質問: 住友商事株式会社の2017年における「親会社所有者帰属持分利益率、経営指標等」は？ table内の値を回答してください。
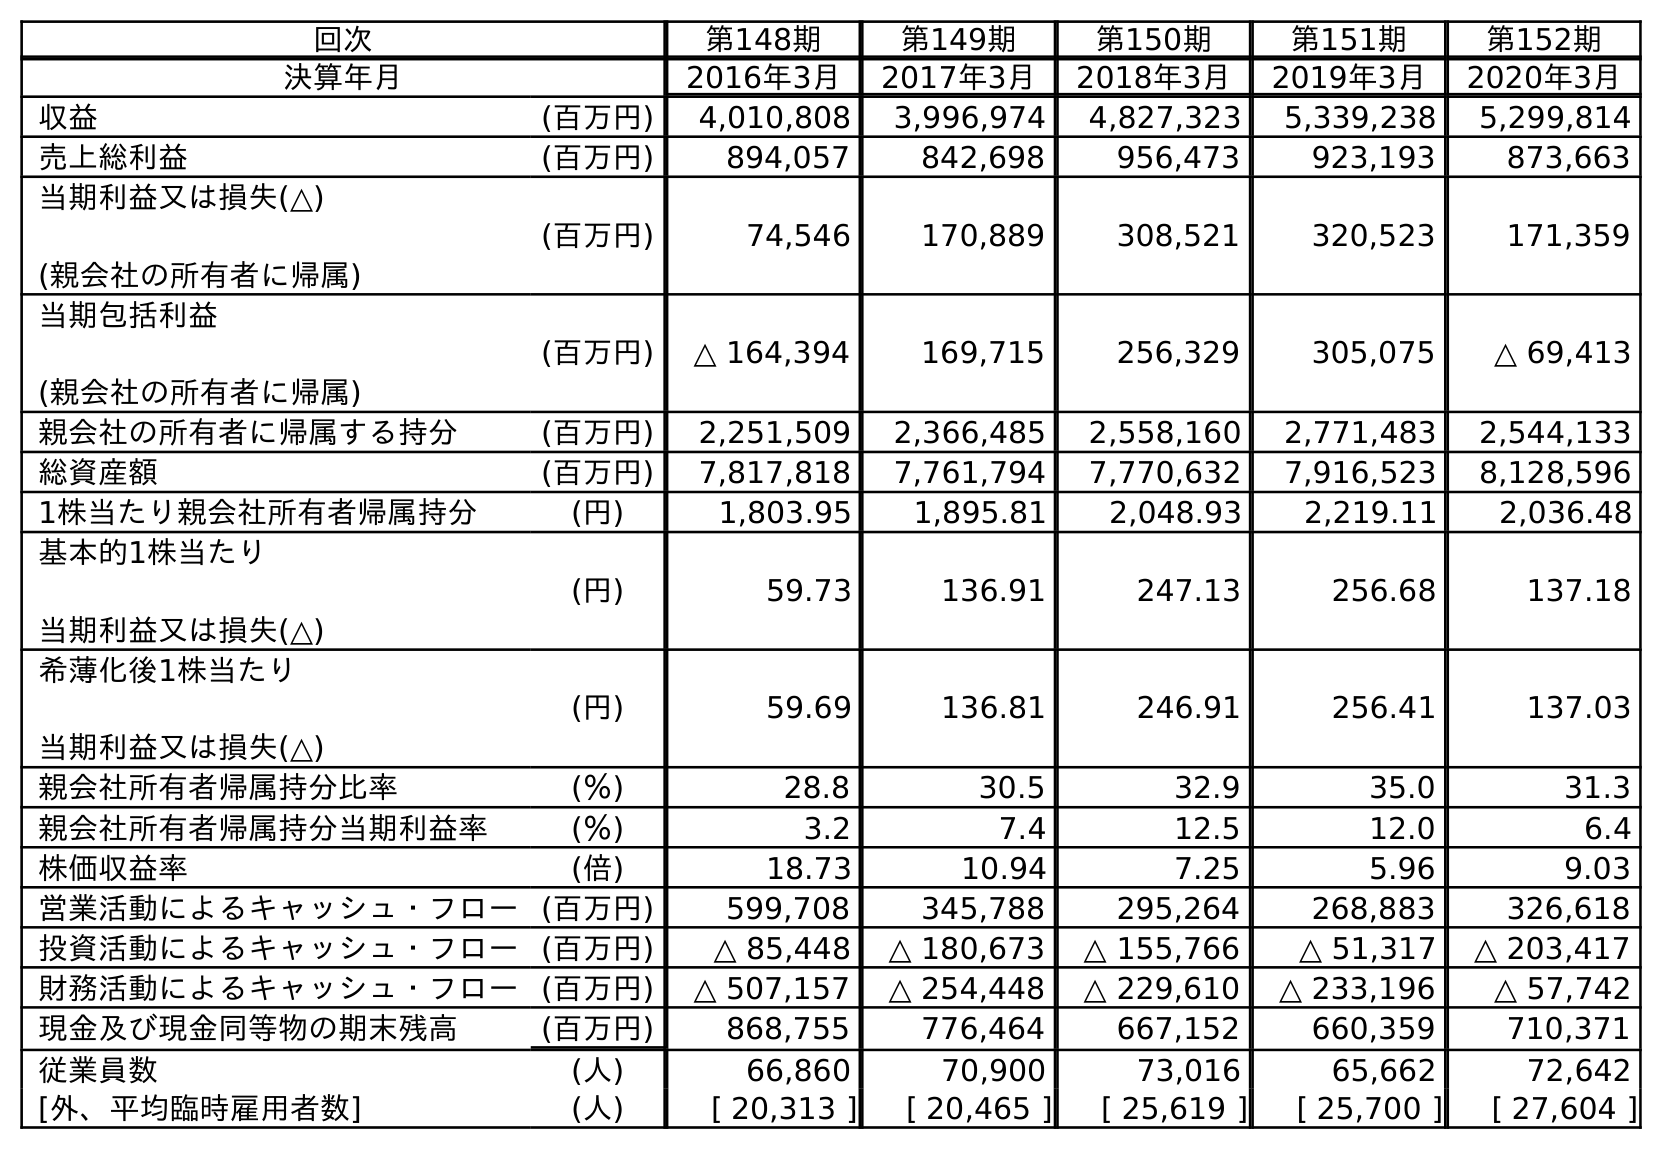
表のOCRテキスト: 回次 第148期 第149期 第150期 第151期 第152期 決算年月 2016年3月 2017年3月 2018年3月 2019年3月 2020年3月 収益 (百万円) 4,010,808 3,996,974 4,827,323 5,339,238 5,299,814 売上総利益 (百万円) 894,057 842,698 956,473 923,193 873,663 当期利益又は損失(△) (親会社の所有者に帰属) (百万円) 74,546 170,889 308,521 320,523 171,359 当期包括利益 (親会社の所有者に帰属) (百万円) △ 164,394 169,715 256,329 305,075 △ 69,413 親会社の所有者に帰属する持分 (百万円) 2,251,509 2,366,485 2,558,160 2,771,483 2,544,133 総資産額 (百万円) 7,817,818 7,761,794 7,770,632 7,916,523 8,128,596 1株当たり親会社所有者帰属持分 (円) 1,803.95 1,895.81 2,048.93 2,219.11 2,036.48 基本的1株当たり 当期利益又は損失(△) (円) 59.73 136.91 247.13 256.68 137.18 希薄化後1株当たり 当期利益又は損失(△) (円) 59.69 136.81 246.91 256.41 137.03 親会社所有者帰属持分比率 (％) 28.8 30.5 32.9 35.0 31.3 親会社所有者帰属持分当期利益率 (％) 3.2 7.4 12.5 12.0 6.4 株価収益率 (倍) 18.73 10.94 7.25 5.96 9.03 営業活動によるキャッシュ・フロー(百万円) 599,708 345,788 295,264 268,883 326,618 投資活動によるキャッシュ・フロー(百万円) △ 85,448 △ 180,673 △ 155,766 △ 51,317 △ 203,417 財務活動によるキャッシュ・フロー(百万円) △ 507,157 △ 254,448 △ 229,610 △ 233,196 △ 57,742 現金及び現金同等物の期末残高 (百万円) 868,755 776,464 667,152 660,359 710,371 従業員数 (人) 66,860 70,900 73,016 65,662 72,642 [外、平均臨時雇用者数] (人) [ 20,313 ] [ 20,465 ] [ 25,619 ] [ 25,700 ] [ 27,604 ]
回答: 7.4